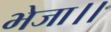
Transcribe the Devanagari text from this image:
भेजा।।